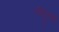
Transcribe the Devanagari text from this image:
तोदूसरी